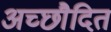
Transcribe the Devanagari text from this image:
अच्छाैदित